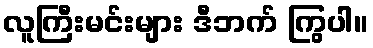
လူကြီးမင်းများ ဒီဘက် ကြွပါ။